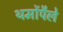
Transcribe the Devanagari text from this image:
थर्मोपैले